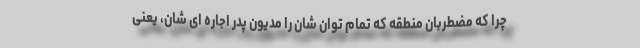
چرا که مضطربان منطقه که تمام توان شان را مدیون پدر اجاره ای شان، یعنی